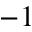
^ { - 1 }